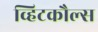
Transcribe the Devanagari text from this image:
व्हिटकौल्स